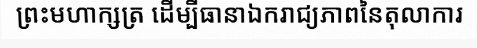
ព្រះមហាក្សត្រ ដើម្បីធានាឯករាជ្យភាពនៃតុលាការ